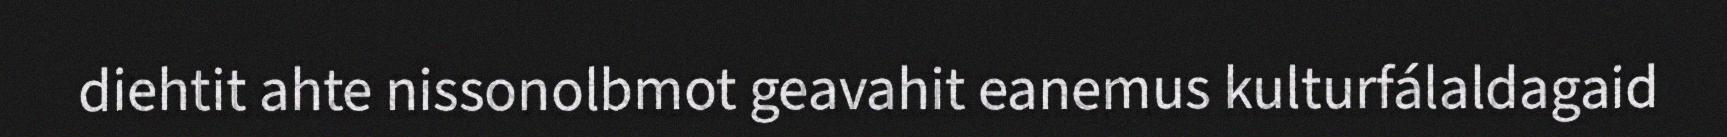
diehtit ahte nissonolbmot geavahit eanemus kulturfálaldagaid